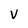
Character: V